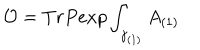
{ \cal O } = T r P e x p \int _ { \gamma _ { ( 1 ) } } A _ { ( 1 ) }